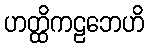
ဟတ္ထိကဠဘေဟိ